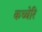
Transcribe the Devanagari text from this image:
कच्चेरि